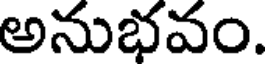
అనుభవం.